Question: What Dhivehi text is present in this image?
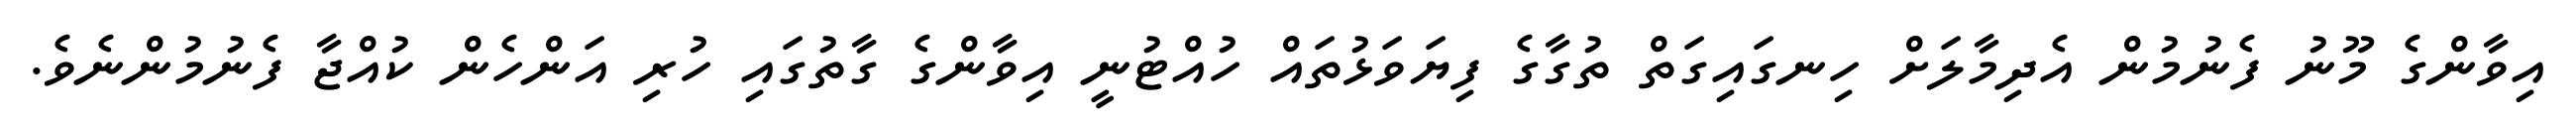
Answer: އިވާންގެ މޫނު ފެނުމުން އެދިމާލަށް ހިނގައިގަތް ތުގާގެ ފިޔަވަޅުތައް ހުއްޓުނީ އިވާންގެ ގާތުގައި ހުރި އަންހެން ކުއްޖާ ފެނުމުންނެވެ.